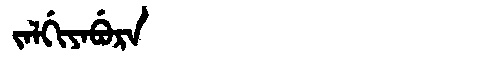
Manchu: ᠵᠠᠯᡤᡳᠶᠠᠪᡠᡵᠠ
Romanization: JALGIYABURA